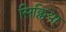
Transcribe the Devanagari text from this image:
सिक्लिया